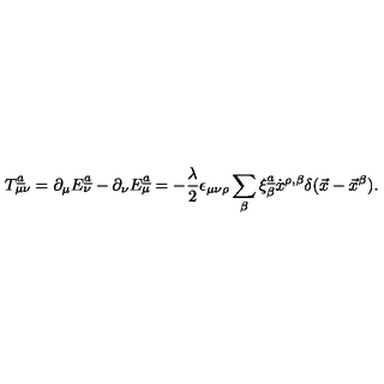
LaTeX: T _ { \mu \nu } \sp { \underline { { a } } } = \partial _ { \mu } E _ { \nu } ^ { \underline { { a } } } - \partial _ { \nu } E _ { \mu } ^ { \underline { { a } } } = - { \frac { \lambda } { 2 } } \epsilon _ { \mu \nu \rho } \sum _ { \beta } \xi _ { \beta } \sp { \underline { { a } } } \dot { x } \sp { \rho , \beta } \delta ( \vec { x } - \vec { x } \sp { \beta } ) .